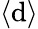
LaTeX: \langle\mathrm{d}\rangle